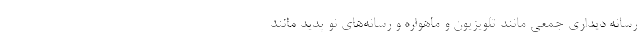
رسانه دیداری جمعی مانند تلویزیون و ماهواره و رسانه‌های نو پدید مانند